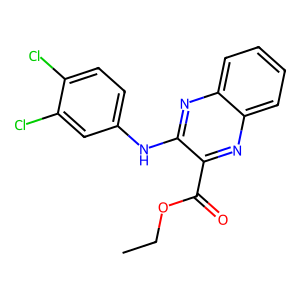
SMILES: CCOC(=O)c1nc2ccccc2nc1Nc1ccc(Cl)c(Cl)c1
Inhibits HIV replication: Yes